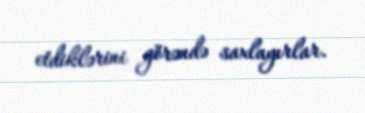
etdiklərini görəndə saxlayırlar.